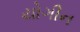
યોગીન